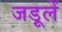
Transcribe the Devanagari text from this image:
जड़ूलें